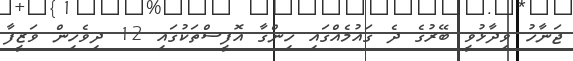
ޖަނާހު ވިދާޅުވީ ބޭރުގެ ދެ ގައުމެއްގައި ހިންގާ އޮފީސްތަކުގައި 12 ދިވެހިން ވަޒީފާ